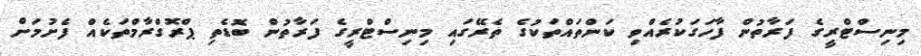
މިނިސްޓްރީގެ ފަރާތުން ފާހަގަކުރެއްވި ކަންތައްތަކުގެ ތެރޭގައި މިނިސްޓްރީގެ ފަރާތުން ބޮޑެތި ޕްރޮގްރާމްތަކެއް ފެށުމަށް